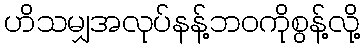
ဟိသမျှအလုပ်နန့်ဘဝကိုစွန့်လို့